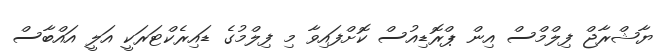
ޔާޝްރާޖް ފިލްމްސް އިން ޕްރޮޑިއުސް ކޮށްފައިވާ މި ފިލްމުގެ ޑައިރެކްޓަރަކީ އަލީ އައްބާސް